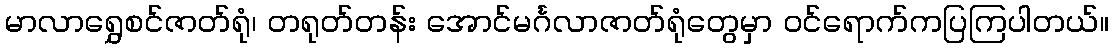
မာလာရွှေစင်ဇာတ်ရုံ၊ တရုတ်တန်း အောင်မင်္ဂလာဇာတ်ရုံတွေမှာ ဝင်ရောက်ကပြကြပါတယ်။